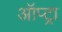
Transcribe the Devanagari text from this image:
ऑप्ट्रा